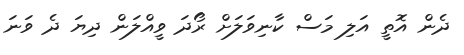
ދެން އޮތީ އަލި މަސް ކާނިވަލަށް ރޯދަ ވީއްލަން ދިޔަ ދެ ވަނަ